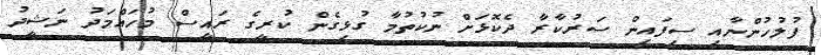
ފުލުހުންނާއި ސިފައިން ސަރުކާރާ ދެކޮޅަށް ނުކުތުމާ ގުޅިގެން ކުރީގެ ރައީސް މުހައްމަދު ނަޝީދު